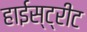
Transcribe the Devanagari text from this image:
हाईस्ट्रीट